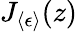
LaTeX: J_{\langle\epsilon\rangle}(z)